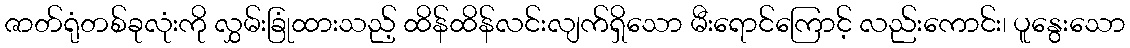
ဇာတ်ရုံတစ်ခုလုံးကို လွှမ်းခြုံထားသည့် ထိန်ထိန်လင်းလျက်ရှိသော မီးရောင်ကြောင့် လည်းကောင်း၊ ပူနွေးသော